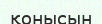
қонысын